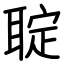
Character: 聢